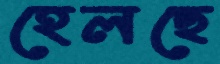
হেলছে